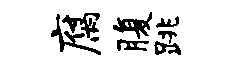
腐腹跳